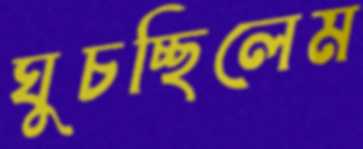
ঘুচচ্ছিলেম